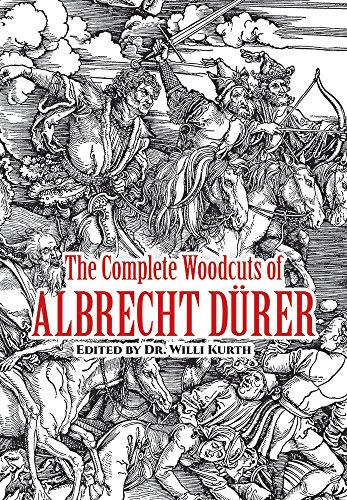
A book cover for The Complete Woodcuts of Albrecht DÃ¼rer (Dover Fine Art, History of Art); Arts & Photography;